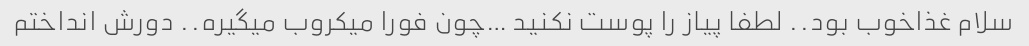
سلام غذاخوب بود.. لطفا پیاز را پوست نکنید …چون فورا میکروب میگیره.. دورش انداختم